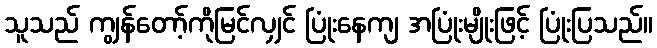
သူသည် ကျွန်တော့်ကိုမြင်လျှင် ပြုံးနေကျ အပြုံးမျိုးဖြင့် ပြုံးပြသည်။